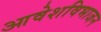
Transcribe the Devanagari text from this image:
आवेशविभाजन